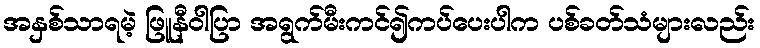
အနှစ်သာရမဲ့ ဖြူနီဝါပြာ အရွက်မီးကင်၍ကပ်ပေးပါက ပစ်ခတ်သံများလည်း